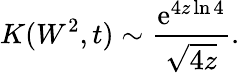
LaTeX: K(W^{2},t)\sim{\frac{\mathrm{e}^{4z\ln{4}}}{\sqrt{4z}}}.